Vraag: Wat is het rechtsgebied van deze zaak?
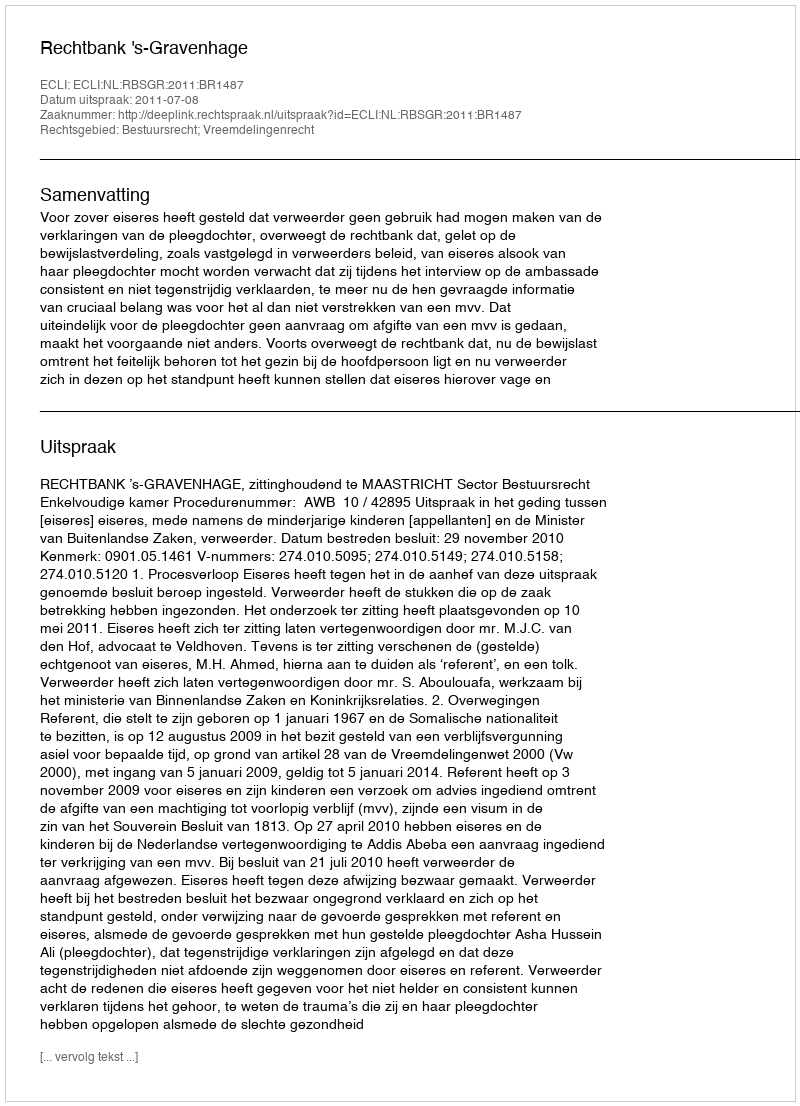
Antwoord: Bestuursrecht; Vreemdelingenrecht